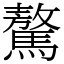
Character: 驁